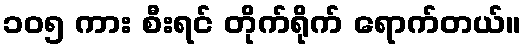
၁၀၅ ကား စီးရင် တိုက်ရိုက် ရောက်တယ်။